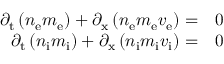
\begin{array} { r l } { \partial _ { \mathrm { t } } \left( n _ { \mathrm { e } } m _ { \mathrm { { e } } } \right) + \partial _ { \mathrm { x } } \left( n _ { \mathrm { e } } m _ { \mathrm { e } } v _ { \mathrm { { e } } } \right) = } & { 0 } \\ { \partial _ { \mathrm { t } } \left( n _ { \mathrm { i } } m _ { \mathrm { i } } \right) + \partial _ { \mathrm { x } } \left( n _ { \mathrm { i } } m _ { \mathrm { { i } } } v _ { \mathrm { i } } \right) = } & { 0 } \end{array}